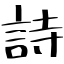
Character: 詩